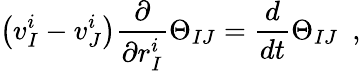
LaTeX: \left(v_{I}^{i}-v_{J}^{i}\right){\frac{\partial}{\partial r_{I}^{i}}}\Theta_{IJ}={\frac{d}{dt}}\Theta_{IJ}\ \ ,